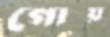
গোয়